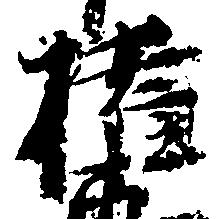
権